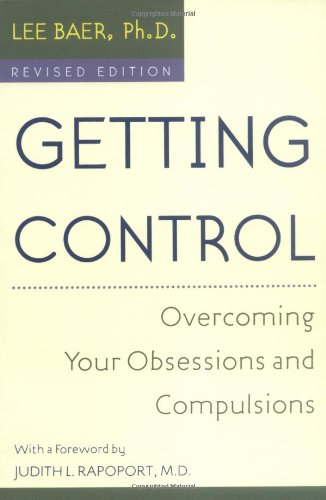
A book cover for Getting Control; Lee Baer; Health, Fitness & Dieting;